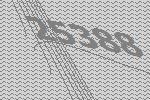
25388